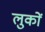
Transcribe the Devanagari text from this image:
लुकों